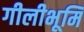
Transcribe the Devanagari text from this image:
गीलीभूमि